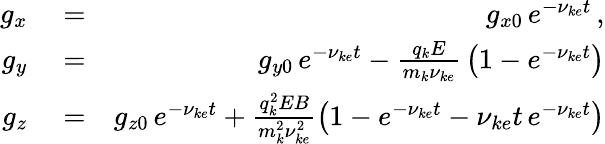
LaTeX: \begin{array}{rlr}{g_{x}}&{{}=}&{g_{x0}\, e^{-\nu_{ke}t}\, ,}\\ {g_{y}}&{{}=}&{g_{y0}\, e^{-\nu_{ke}t}-\frac{q_{k}E}{m_{k}\nu_{ke}}\, \left(1-e^{-\nu_{ke}t}\right)}\\ {g_{z}}&{{}=}&{g_{z0}\, e^{-\nu_{ke}t}+\frac{q_{k}^{2}EB}{m_{k}^{2}\nu_{ke}^{2}}\left(1-e^{-\nu_{ke}t}-\nu_{ke}t\, e^{-\nu_{ke}t}\right)}\end{array}